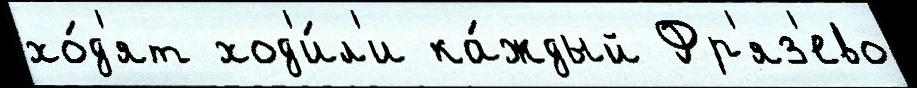
хо́д'ят ход'и́л'и ка́ждый Фр'яз'ево